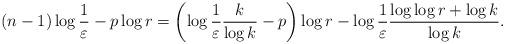
LaTeX: \begin{align*}(n-1) \log \frac{1}{\varepsilon} -p \log r= \left(\log \frac{1}{\varepsilon}\frac{k}{\log k}-p\right)\log r - \log \frac{1}{\varepsilon}\frac{\log \log r + \log k}{\log k}.\end{align*}